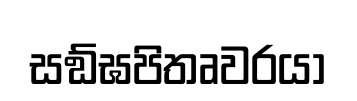
සඞ්ඝපිතෘවරයා